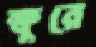
ক্ষুরে